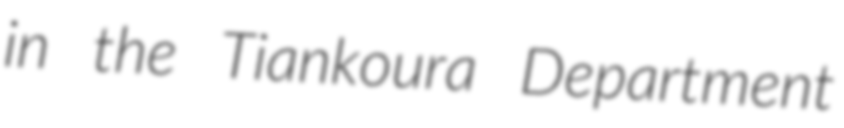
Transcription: in the Tiankoura Department